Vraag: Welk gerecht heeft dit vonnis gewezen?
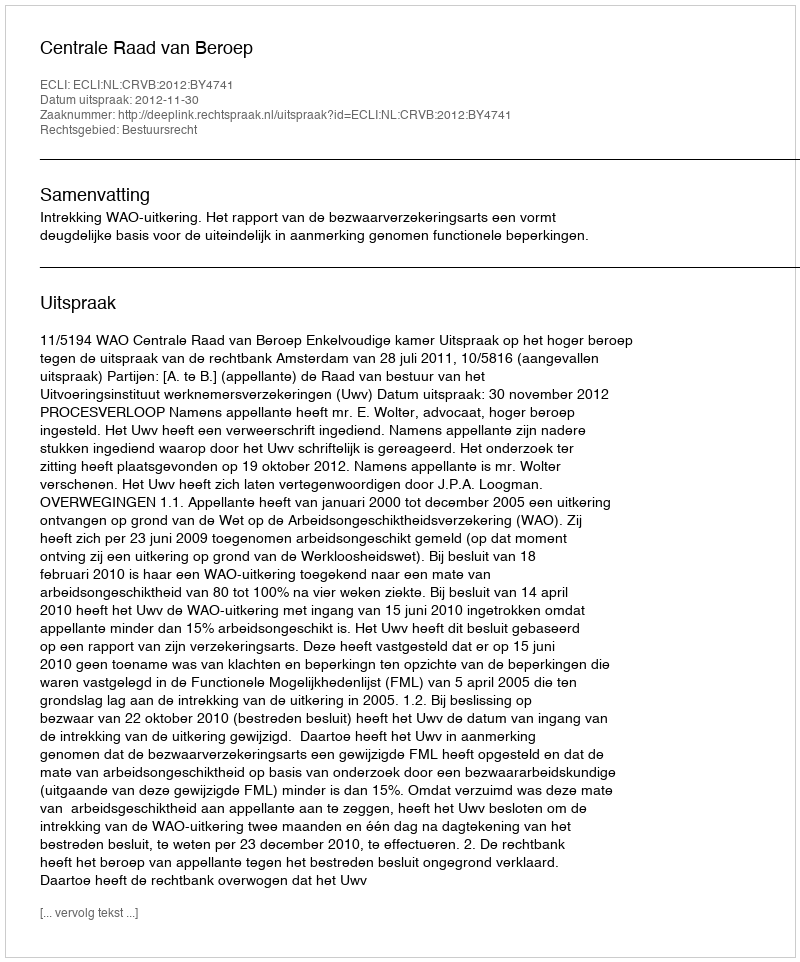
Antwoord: Centrale Raad van Beroep